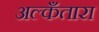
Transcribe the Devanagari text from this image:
अल्कँतारा